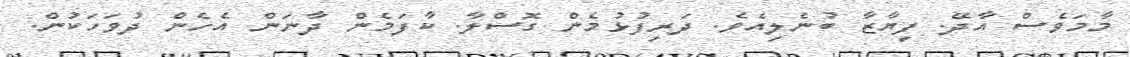
މާމަވެސް އާދޭ. ފިޔާޒާ ބުނެލިއެވެ. ދަރިފުޅުމެން ގޮސްލާ. ކާފަމެން ދާނަން އެހެން ދުވަހަކުން.